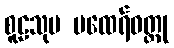
စူဠသုမ မထေရ်ဝတ္ထု